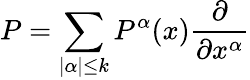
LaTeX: P=\sum_{|\alpha|\leq k}P^{\alpha}(x){\frac{\partial}{\partial x^{\alpha}}}